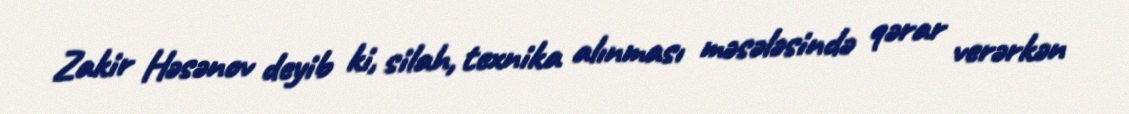
Zakir Həsənov deyib ki, silah, texnika alınması məsələsində qərar verərkən